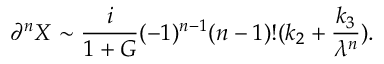
\partial ^ { n } X \sim \frac { i } { 1 + G } ( - 1 ) ^ { n - 1 } ( n - 1 ) ! ( k _ { 2 } + \frac { k _ { 3 } } { \lambda ^ { n } } ) .